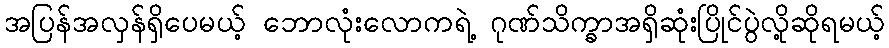
အပြန်အလှန်ရှိပေမယ့် ဘောလုံးလောကရဲ့ ဂုဏ်သိက္ခာအရှိဆုံးပြိုင်ပွဲလို့ဆိုရမယ့်